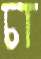
চা